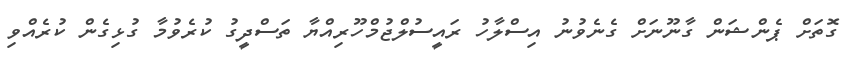
ގޮތަށް ޕެންޝަން ގާނޫނަށް ގެނެވުނު އިސްލާހު ރައީސުލްޖުމްހޫރިއްޔާ ތަސްދީގު ކުރެވުމާ ގުޅިގެން ކުރެއްވި